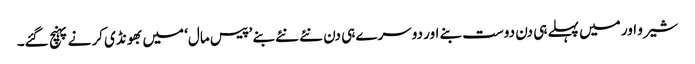
شیرو اور میں پہلے ہی دن دوست بنے اور دوسرے ہی دن نئے نئے بنے ’پیس مال‘ میں بھونڈی کرنے پہنچ گئے۔